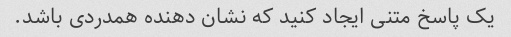
یک پاسخ متنی ایجاد کنید که نشان دهنده همدردی باشد.